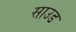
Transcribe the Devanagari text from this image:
साउड